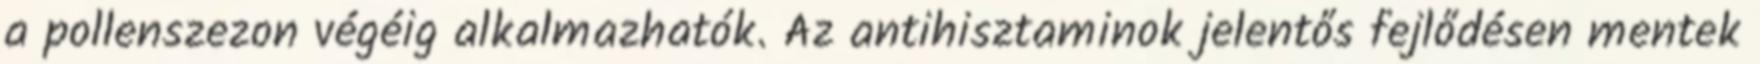
a pollenszezon végéig alkalmazhatók. Az antihisztaminok jelentős fejlődésen mentek